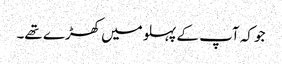
جو کہ آپ کے پہلو میں کھڑے تھے۔